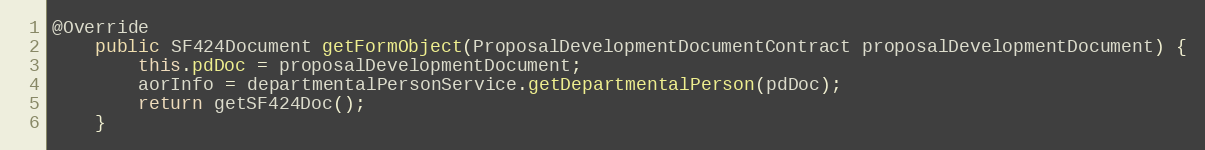
Language: Java
@Override
    public SF424Document getFormObject(ProposalDevelopmentDocumentContract proposalDevelopmentDocument) {
        this.pdDoc = proposalDevelopmentDocument;
        aorInfo = departmentalPersonService.getDepartmentalPerson(pdDoc);
        return getSF424Doc();
    }